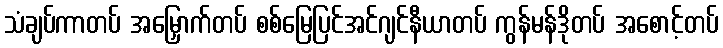
သံချပ်ကာတပ် အမြှောက်တပ် စစ်မြေပြင်အင်ဂျင်နီယာတပ် ကွန်မန်ဒိုတပ် အစောင့်တပ်